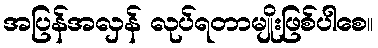
အပြန်အလှန် လုပ်ရတာမျိုးဖြစ်ပါစေ။